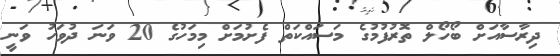
ދިރާސާއަށް ބޯހޯލް ތޮރުފުމުގެ މަސައްކަތް ފެށުމަށް މިމަހުގެ 20 ވަނަ ދުވަހު ވަނީ